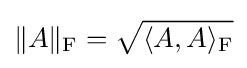
\|A\|_{\rm {F}}={\sqrt {\langle A,A\rangle _{\rm {F}}}}